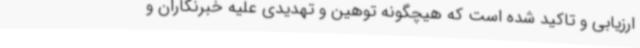
ارزیابی و تاکید شده است که هیچگونه توهین و تهدیدی علیه خبرنگاران و